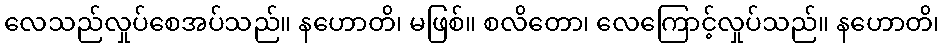
လေသည်လှုပ်စေအပ်သည်။ နဟောတိ၊ မဖြစ်။ စလိတော၊ လေကြောင့်လှုပ်သည်။ နဟောတိ၊